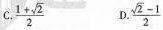
C.$$ \frac { 1+ \sqrt { 2 } } { 2 }$$ D. $$\frac { \sqrt { 2 } - 1 } { 2 }$$